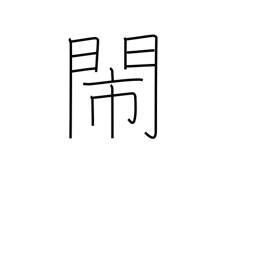
Meaning: noisy